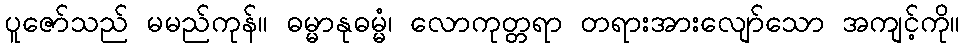
ပူဇော်သည် မမည်ကုန်။ ဓမ္မာနုဓမ္မံ၊ လောကုတ္တရာ တရားအားလျော်သော အကျင့်ကို။